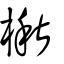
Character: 楸